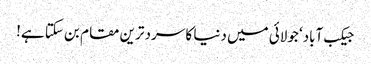
جیکب آباد‘ جولائی میں دنیا کا سرد ترین مقام بن سکتا ہے!